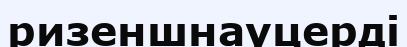
ризеншнауцерді